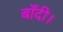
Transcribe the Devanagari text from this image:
बाँदी।